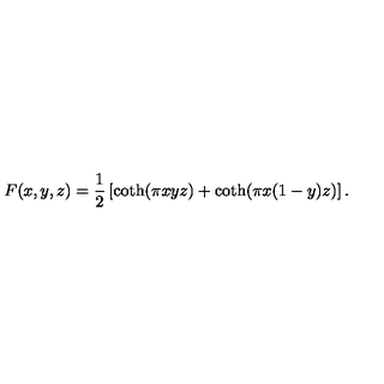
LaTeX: F ( x , y , z ) = \frac { 1 } { 2 } \left[ \coth ( \pi x y z ) + \coth ( \pi x ( 1 - y ) z ) \right] .